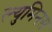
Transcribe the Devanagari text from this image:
ल्युमिनस